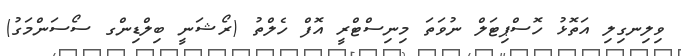
ވިލިނގިލި އަތޮޅު ހޮސްޕިޓަލް ނުވަތަ މިނިސްޓްރީ އޮފް ހެލްތު (ރޯޝަނީ ބިލްޑިންގ ސޯސަންމަގު)